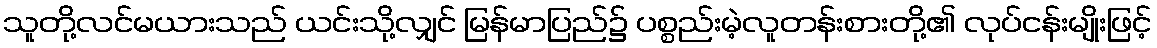
သူတို့လင်မယားသည် ယင်းသို့လျှင် မြန်မာပြည်၌ ပစ္စည်းမဲ့လူတန်းစားတို့၏ လုပ်ငန်းမျိုးဖြင့်